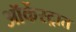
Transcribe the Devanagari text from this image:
ऑर्केस्ट्रात